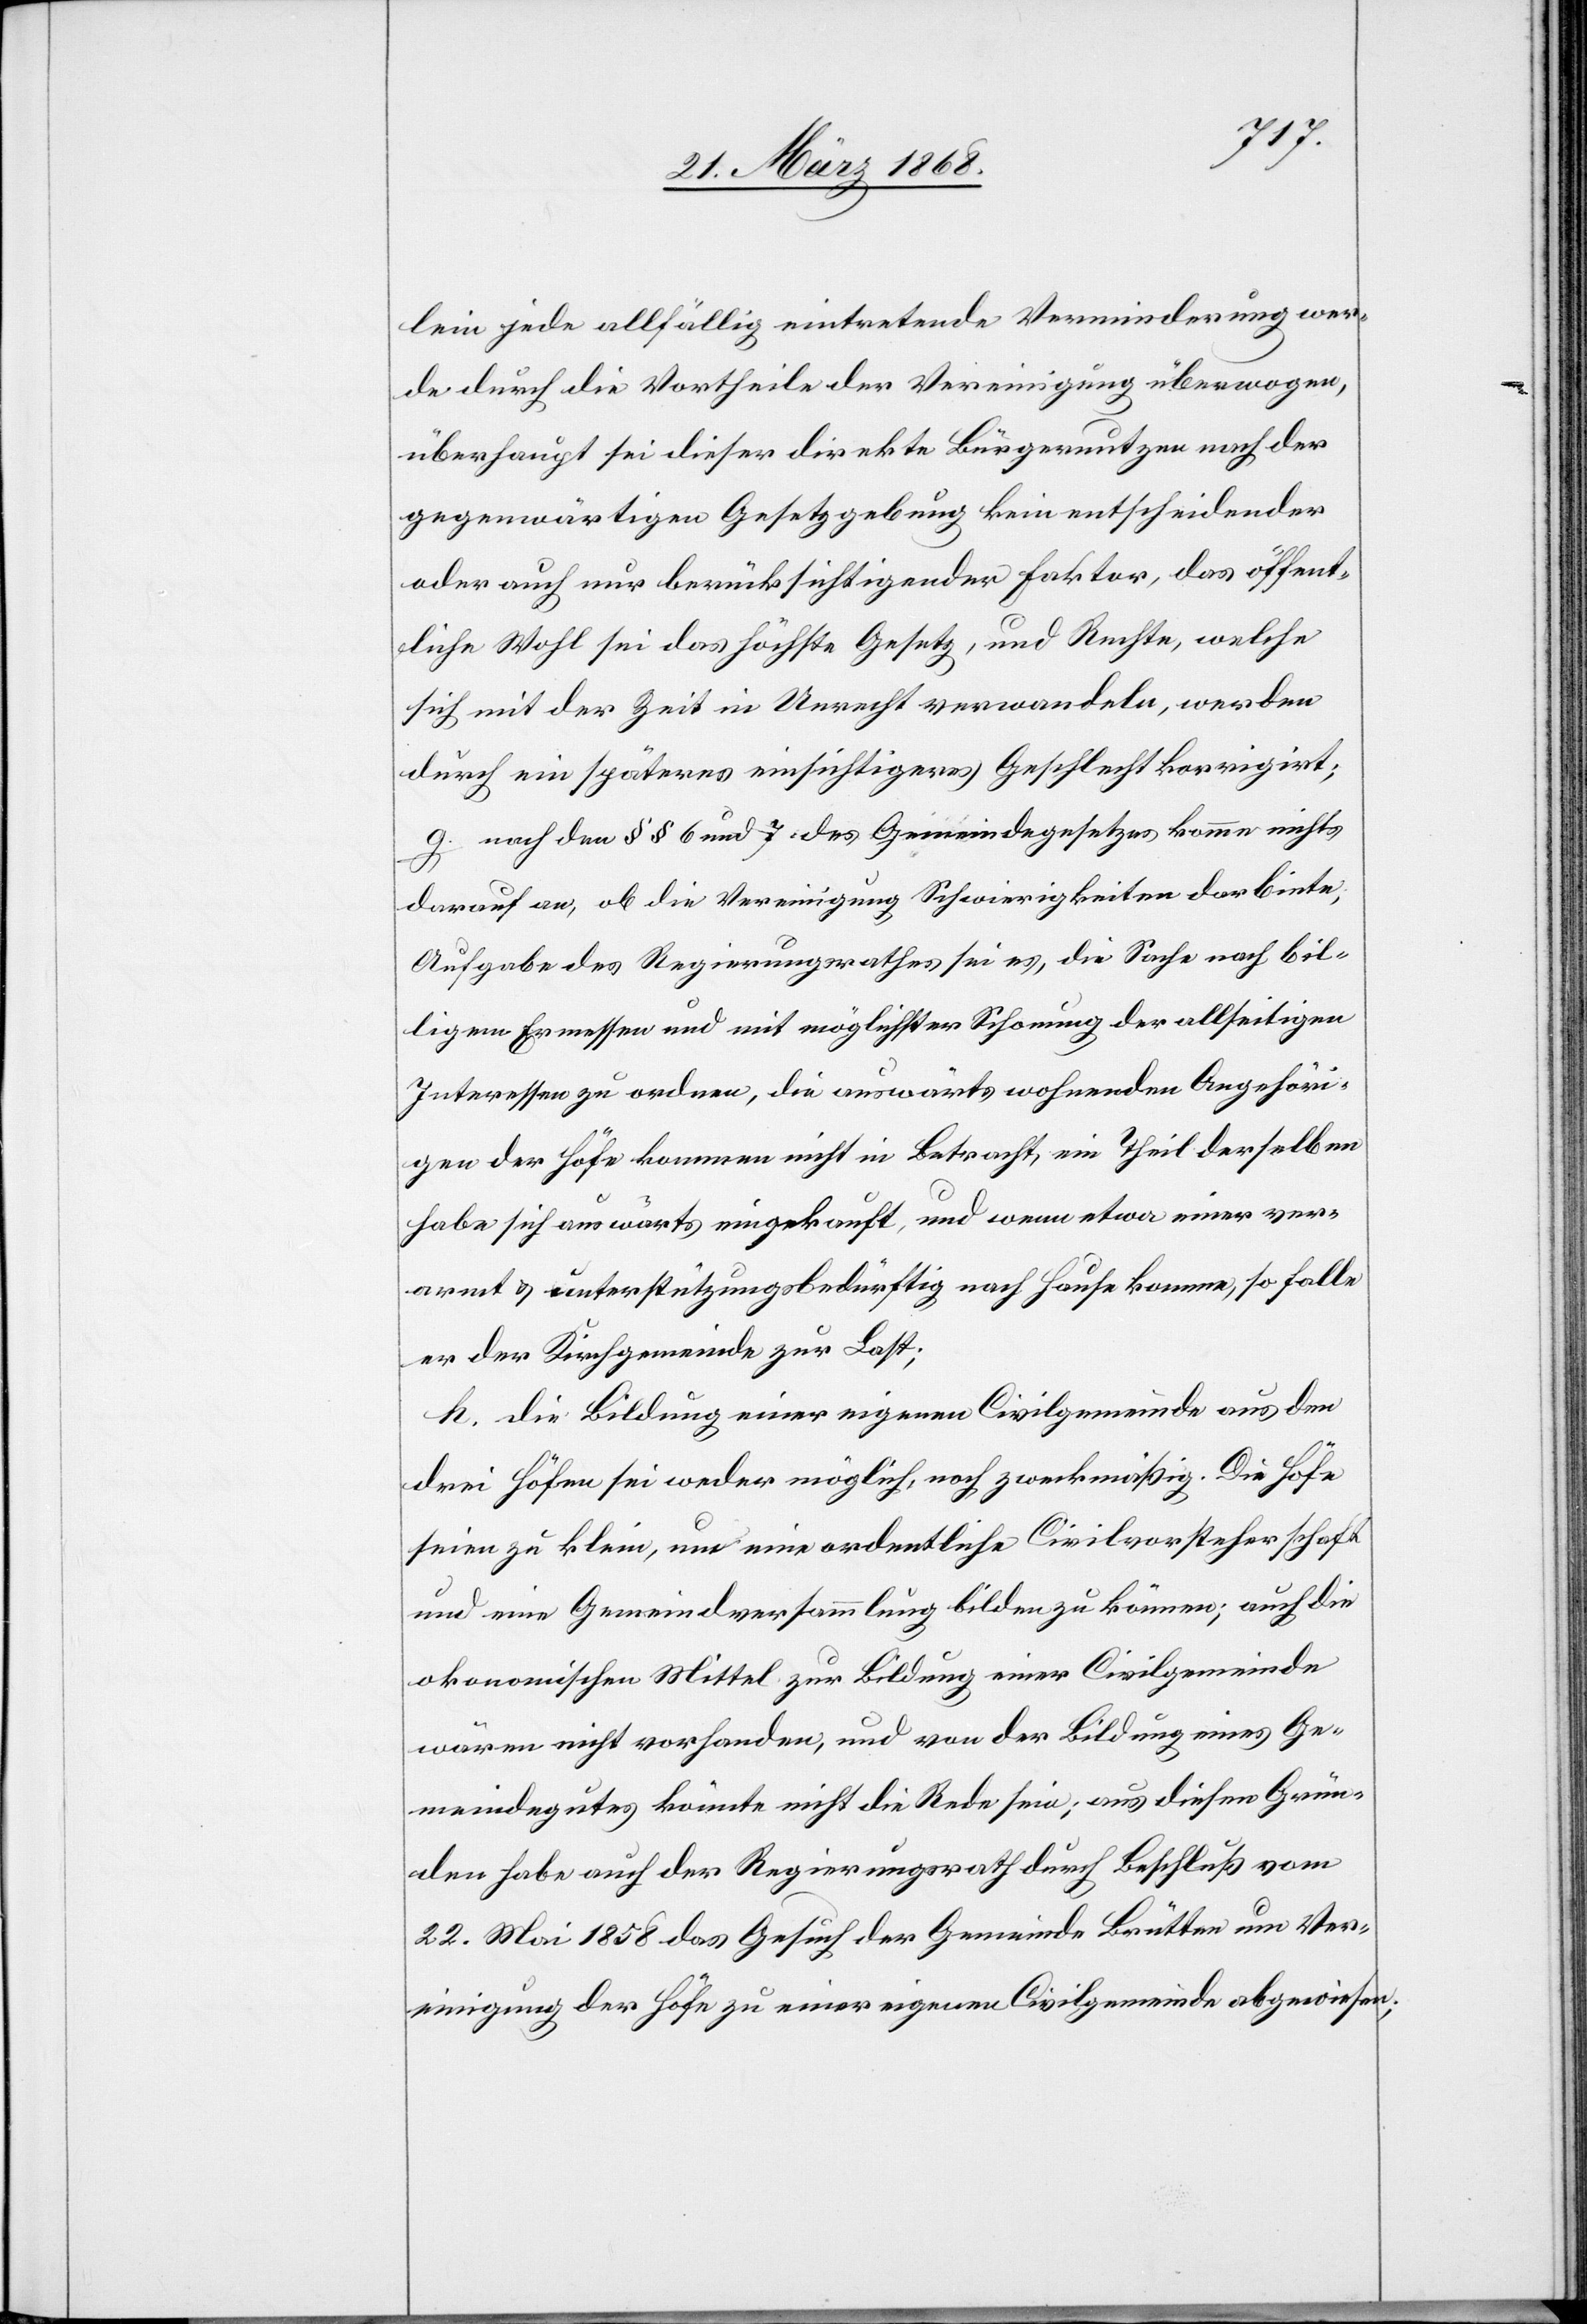
lein jede allfällig eintretende Verminderung wer¬
de durch die Vortheile der Vereinigung überwogen,
überhaupt sei dieser direkte Bürgernutzen nach der
gegenwärtigen Gesetzgebung kein entscheidender
oder auch nur berücksichtigender Faktor, das öffent¬
liche Wohl sei das höchste Gesetz, und Rechte, welche
sich mit der Zeit in Unrecht verwandeln, werden
durch ein späteres einsichtigeres Geschlecht korrigirt;
g. nach den §§ 6 und 7. des Gemeindegesetzes komme nichts
darauf an, ob die Vereinigung Schwierigkeiten darbiete;
Aufgabe des Regierungsrathes sei es, die Sache nach bil¬
ligem Ermessen und mit möglichster Schonung der allseitigen
Interessen zu ordnen, die auswärts wohnenden Angehöri¬
gen der Höfe kommen nicht in Betracht, ein Theil derselben
habe sich auswärts eingekauft, und wenn etwa einer ver¬
armt & unterstützungsbedürftig nach Hause komme, so falle
er der Kirchgemeinde zur Last;
h. die Bildung einer eigenen Civilgemeinde aus den
drei Höfen sei weder möglich, noch zweckmäßig. Die Höfe
seien zu klein, um eine ordentliche Civilvorsteherschaft
und eine Gemeindversammlung bilden zu können; auch die
okonomischen [sic!] Mittel zur Bildung einer Civilgemeinde
wären nicht vorhanden, und von der Bildung eines Ge¬
meindegutes könnte nicht die Rede sein; aus diesen Grün¬
den habe auch der Regierungsrath durch Beschluß vom
22. Mai 1858 das Gesuch der Gemeinde Brütten um Ver¬
einigung der Höfe zu einer eigenen Civilgemeinde abgewiesen;